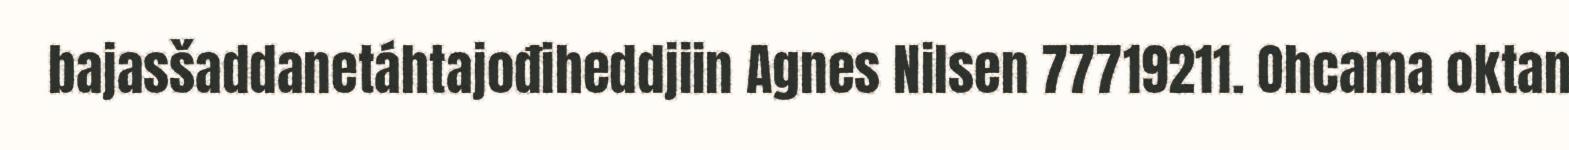
bajasšaddanetáhtajođiheddjiin Agnes Nilsen 77719211. Ohcama oktan